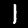
Label: 1